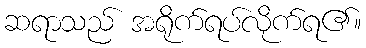
ဆရာသည် အရိုက်ရပ်လိုက်ရ၏။